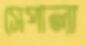
সেপালা